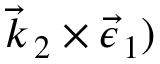
\vec { k } _ { \, 2 } \times \vec { \epsilon } _ { \, 1 } )